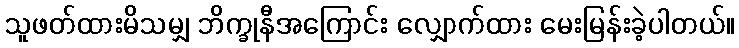
သူဖတ်ထားမိသမျှ ဘိက္ခုနီအကြောင်း လျှောက်ထား မေးမြန်းခဲ့ပါတယ်။